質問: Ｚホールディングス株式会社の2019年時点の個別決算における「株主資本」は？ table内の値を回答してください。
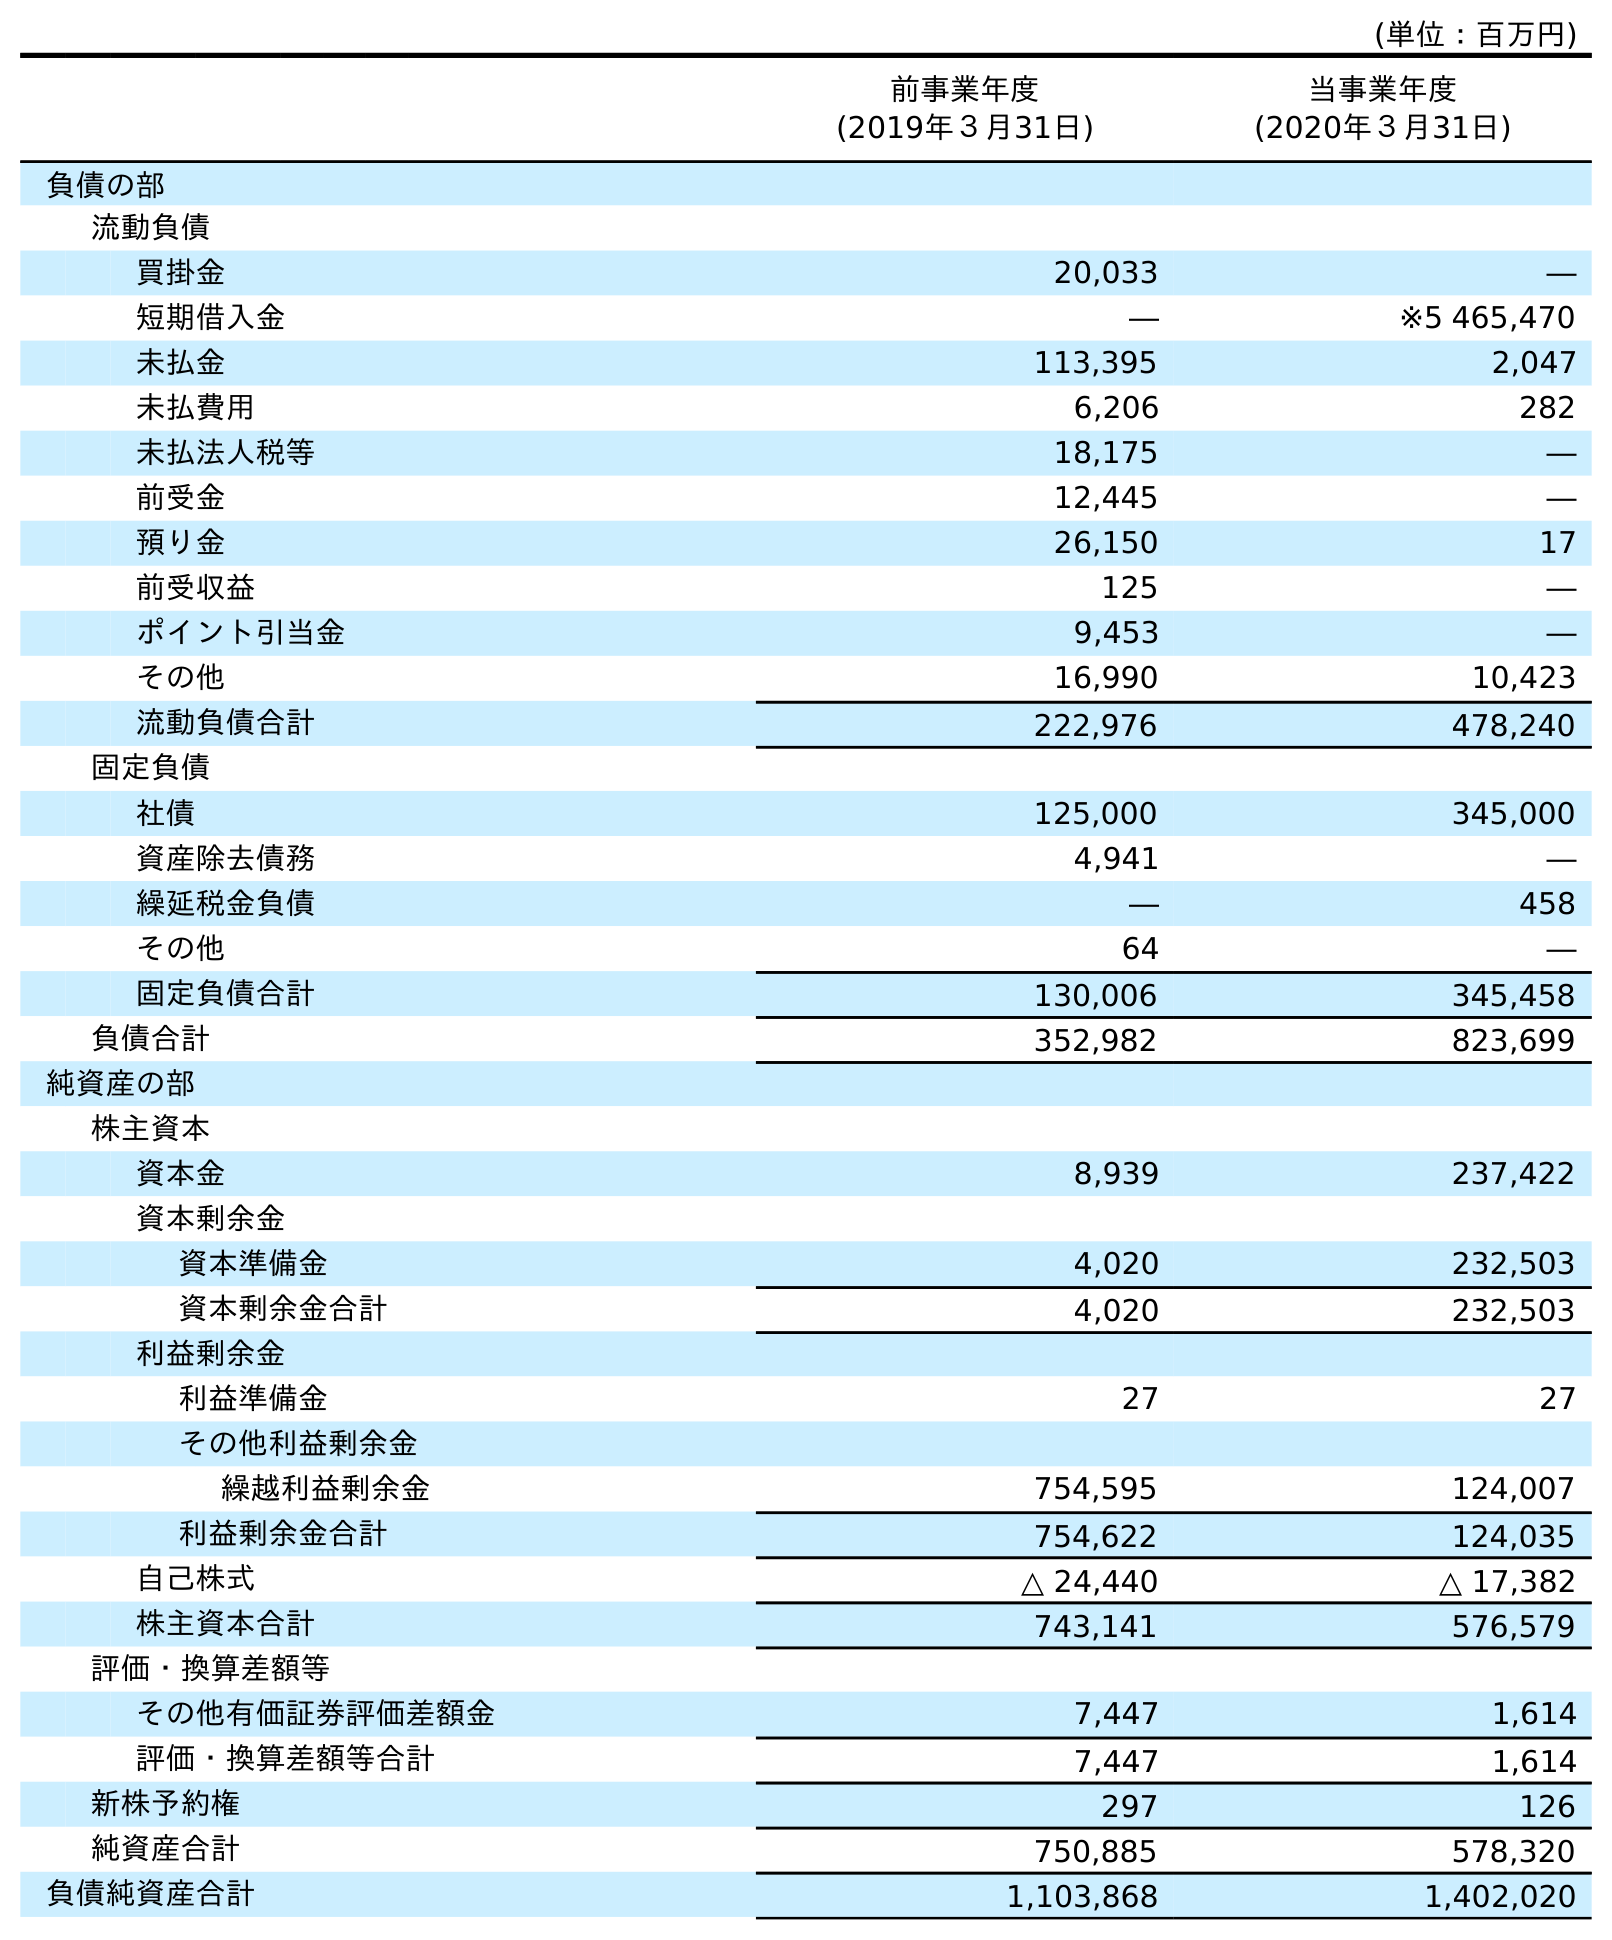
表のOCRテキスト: (単位：百万円) 前事業年度 (2019年３月31日) 当事業年度 (2020年３月31日) 負債の部 流動負債 買掛金 20,033 ― 短期借入金 ― ※5 465,470 未払金 113,395 2,047 未払費用 6,206 282 未払法人税等 18,175 ― 前受金 12,445 ― 預り金 26,150 17 前受収益 125 ― ポイント引当金 9,453 ― その他 16,990 10,423 流動負債合計 222,976 478,240 固定負債 社債 125,000 345,000 資産除去債務 4,941 ― 繰延税金負債 ― 458 その他 64 ― 固定負債合計 130,006 345,458 負債合計 352,982 823,699 純資産の部 株主資本 資本金 8,939 237,422 資本剰余金 資本準備金 4,020 232,503 資本剰余金合計 4,020 232,503 利益剰余金 利益準備金 27 27 その他利益剰余金 繰越利益剰余金 754,595 124,007 利益剰余金合計 754,622 124,035 自己株式 △ 24,440 △ 17,382 株主資本合計 743,141 576,579 評価・換算差額等 その他有価証券評価差額金 7,447 1,614 評価・換算差額等合計 7,447 1,614 新株予約権 297 126 純資産合計 750,885 578,320 負債純資産合計 1,103,868 1,402,020
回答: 743,141